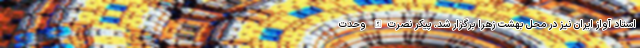
استاد آواز ایران نیز در محل بهشت زهرا برگزار شد. پیکر نصرت‌الله وحدت